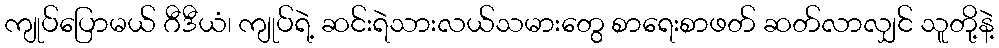
ကျုပ်ပြောမယ် ဂီဒီယံ၊ ကျုပ်ရဲ့ ဆင်းရဲသားလယ်သမားတွေ စာရေးစာဖတ် ဆတ်လာလျှင် သူတို့နဲ့